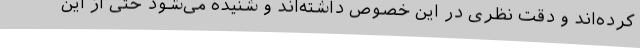
کرده‌اند و دقت نظری در این خصوص داشته‌اند و شنیده می‌شود حتی از این